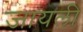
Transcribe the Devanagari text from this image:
जायली